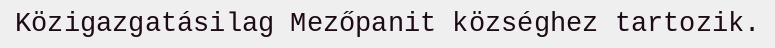
Közigazgatásilag Mezőpanit községhez tartozik.